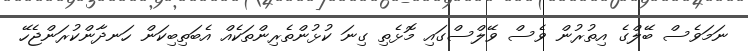
ނަމަވެސް ބޭލްގެ އިތުރުން ވެސް ވޭލްސްގައި މޮޅެތި ގިނަ ކުޅުންތެރިންތަކެއް އެބަތިބިކަން ހަނދާންކުރަންޖެހޭ